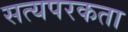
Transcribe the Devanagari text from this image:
सत्यपरकता